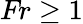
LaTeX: \textit{Fr}\geq 1